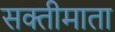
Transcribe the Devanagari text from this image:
सक्तीमाता